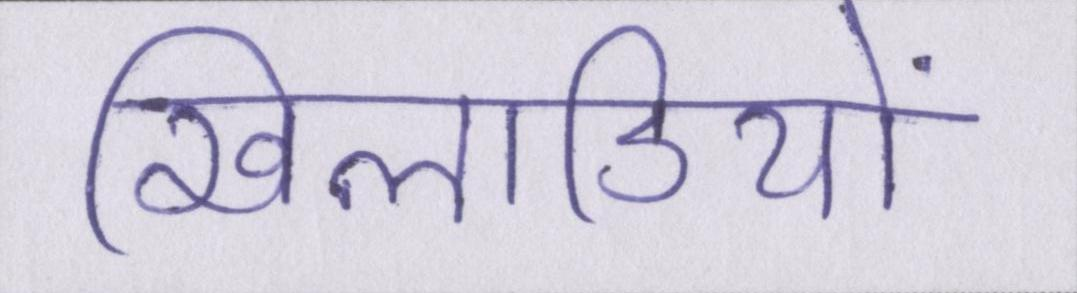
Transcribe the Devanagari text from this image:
खिलाडियों